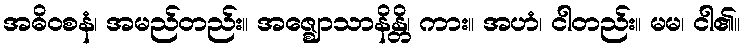
အဓိဝစနံ၊ အမည်တည်း။ အဇ္ဈောသာနိန္တိ၊ ကား။ အဟံ၊ ငါတည်း။ မမ၊ ငါ၏။